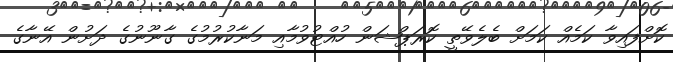
ކޮށްފައިވާ ކަމެއް ކަމަށް ބެލެވޭތީ ކޮރަޕްޝަން ހުއްޓުވުމާއި މަނާކުރުމުގެ ގާނޫނުގެ ދަށުން އޭނާގެ